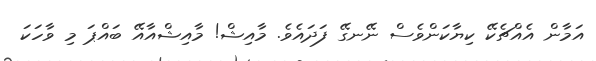
އަމާން އެއްޗެކޭ ކިޔާކަންވެސް ނޭނގޭ ފަދައެވެ. މާއިޝް! މާއިޝްއާއޭ ބައްޕަ މި ވާހަކަ